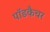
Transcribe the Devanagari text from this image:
पॉडकैचर